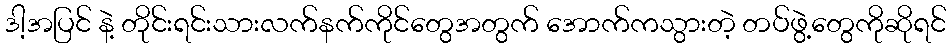
ဒါ့အပြင် နဲ့ တိုင်းရင်းသားလက်နက်ကိုင်တွေအတွက် အောက်ကသွားတဲ့ တပ်ဖွဲ့တွေကိုဆိုရင်